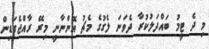
މި ދެ ޓީމު ބައްދަލުކުރާ ދެވަނަ ލެގުގެ މެޗު އޮންނާނީ މިރޭ ރާއްޖެގަޑިން